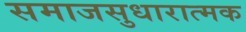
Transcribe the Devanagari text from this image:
समाजसुधारात्मक